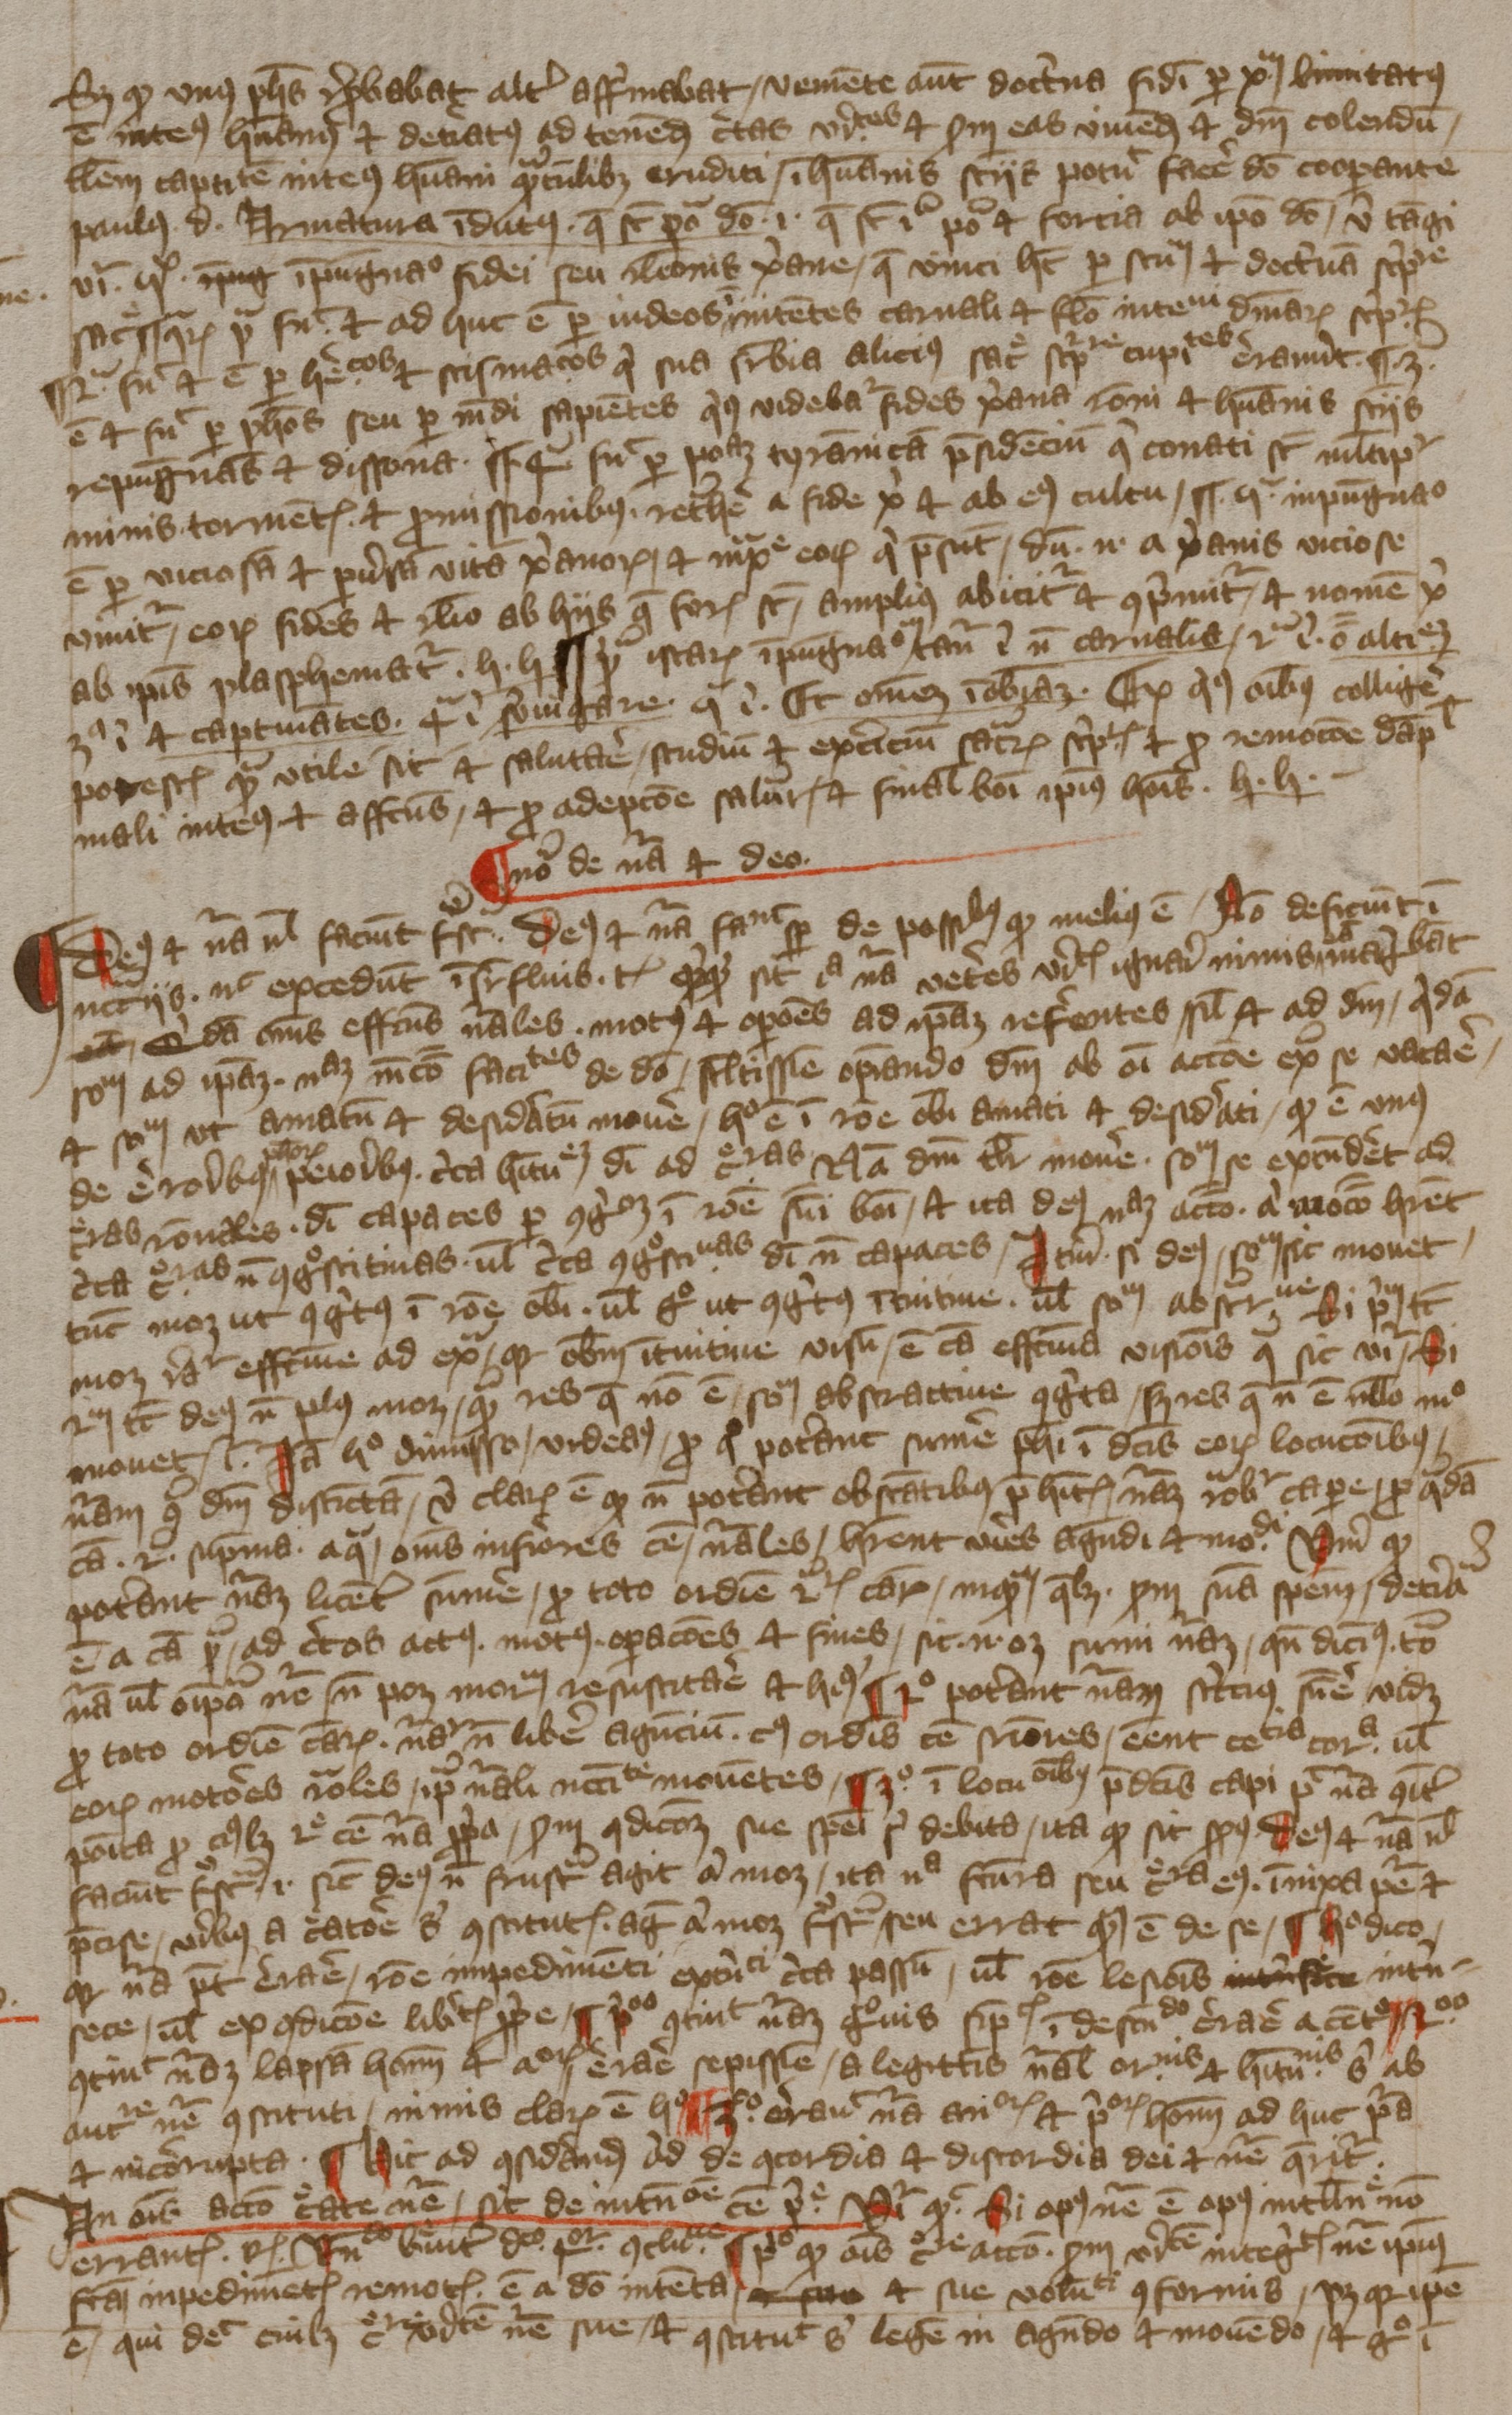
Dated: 1394–1397